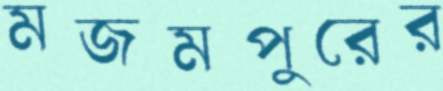
মজমপুরের